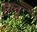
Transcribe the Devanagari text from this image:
हलूँ